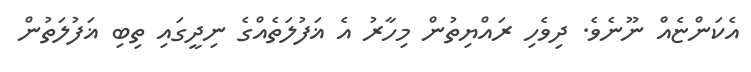
އެކަންޏެއް ނޫނެވެ. ދިވެހި ރައްޔިތުން މިހާރު އެ ޣަފުލަތެއްގެ ނިދީގައި ތިބި ޣަފުލަތުން